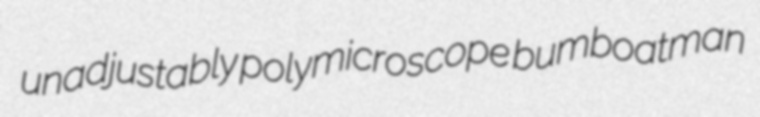
unadjustably polymicroscope bumboatman